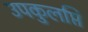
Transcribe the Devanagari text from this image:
उपकुलप्ति